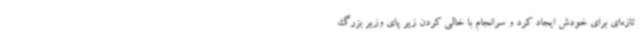
تازه‌ای برای خودش ایجاد کرد و سرانجام با خالی کردن زیر پای وزیر بزرگ